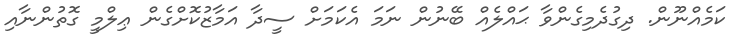
ކަމެއްނޫން. ދިގުދެމިގެންވާ ޙައްލެއް ބޭނުން ނަމަ އެކަމަށް ސީދާ އަމާޒުކޮށްގެން ޢިލްމީ ގޮތުންނާއި